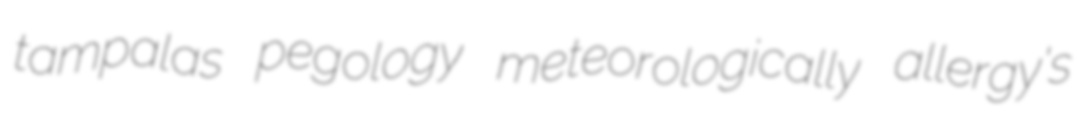
tampalas pegology meteorologically allergy's